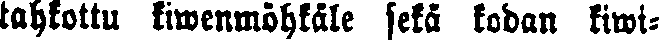
tahkottu kiwenmöhkäle sekä kodan kiwi-